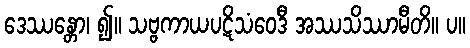
ဒေဿန္တော၊ ၍။ သဗ္ဗကာယပဋိသံဝေဒီ အဿသိဿာမီတိ။ ပ။